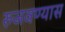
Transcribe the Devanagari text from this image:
रुजवण्यास